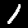
Label: 1